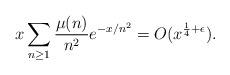
\begin{align*}x\sum_{n\ge1}\frac{\mu(n)}{n^2}e^{-x/n^2}=O(x^{\frac{1}{4}+\epsilon}).\end{align*}